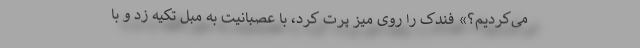
می‌کردیم؟» فندک را روی میز پرت کرد، با عصبانیت به مبل تکیه زد و با